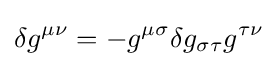
\delta g^{\mu \nu }=-g^{\mu \sigma }\delta g_{\sigma \tau }g^{\tau \nu }